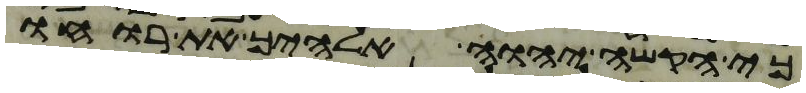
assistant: כי הקשה יהוה אלהיך את רוחו